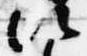
次